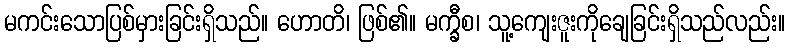
မကင်းသောပြစ်မှားခြင်းရှိသည်။ ဟောတိ၊ ဖြစ်၏။ မက္ခီစ၊ သူ့ကျေးဇူးကိုချေခြင်းရှိသည်လည်း။